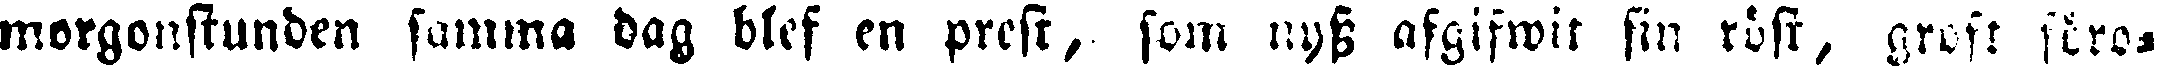
morgonstunden samma dag blef en prest, som nyss afgifwit sin röst, groft föro-